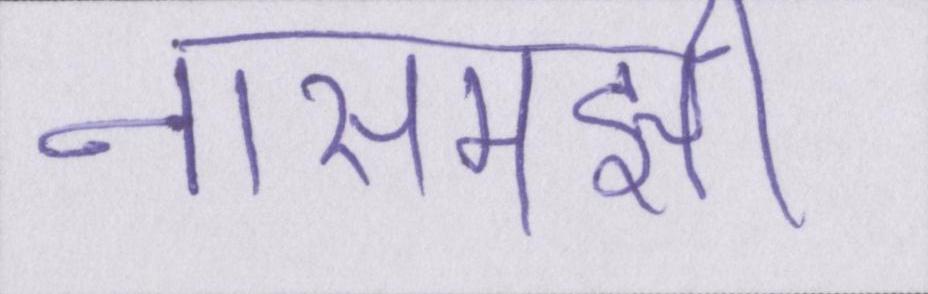
नासमझी